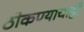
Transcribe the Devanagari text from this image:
ठोकण्याचाही